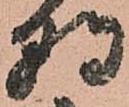
朝